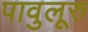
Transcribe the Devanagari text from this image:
पावुलूरु